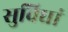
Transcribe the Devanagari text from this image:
सुविधां